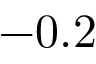
- 0 . 2